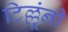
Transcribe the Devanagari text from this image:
टिल्लूंनी